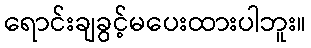
ရောင်းချခွင့်မပေးထားပါဘူး။